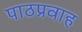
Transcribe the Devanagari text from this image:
पाठप्रवाह